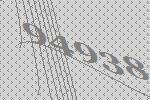
94938